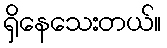
ရှိနေသေးတယ်။